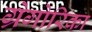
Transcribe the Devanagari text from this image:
ग्रेगोरिका